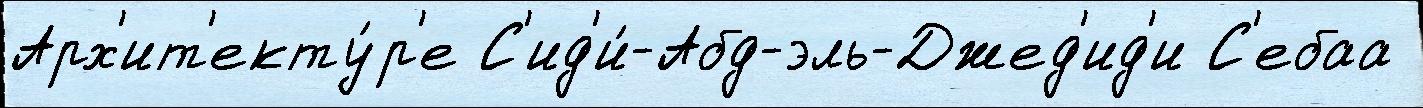
Арх'ит'екту́р'е С'ид'и́-Абд-эль-Джед'ид'и С'ебаа